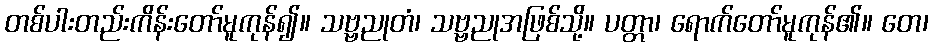
တစ်ပါးတည်းကိန်းတော်မူကုန်၍။ သဗ္ဗညုတံ၊ သဗ္ဗညုအဖြစ်သို့။ ပတ္တာ၊ ရောက်တော်မူကုန်၏။ တေ၊